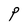
Character: P